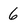
Character: 6